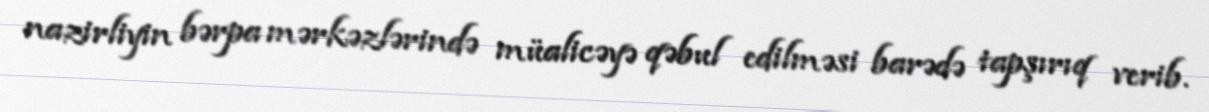
nazirliyin bərpa mərkəzlərində müalicəyə qəbul edilməsi barədə tapşırıq verib.